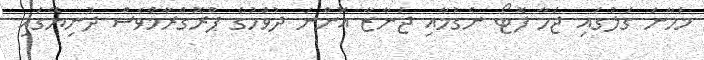
މަހާނަ ގަލުގައި ޖަހާ ފޮޓޯ ނެގުމާއި ޖަނާޒާ އޮންނަ ދުވަހުގެ ޕްރޮގްރާމްވެސް ދުނިޔޭގައި